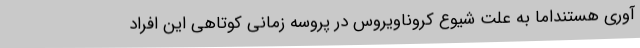
آوری‌ هستنداما به علت شیوع کروناویروس در پروسه زمانی کوتاهی این افراد